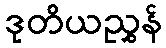
ဒုတိယညွှန်